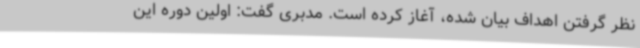
نظر گرفتن اهداف بیان شده، آغاز کرده است. مدبری گفت: اولین دوره این